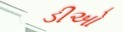
ડીઓ